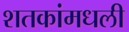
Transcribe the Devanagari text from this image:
शतकांमधली